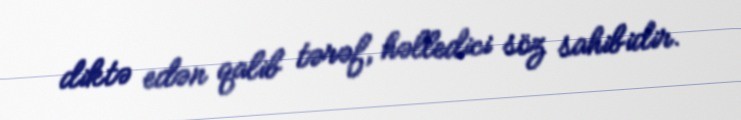
diktə edən qalib tərəf, həlledici söz sahibidir.